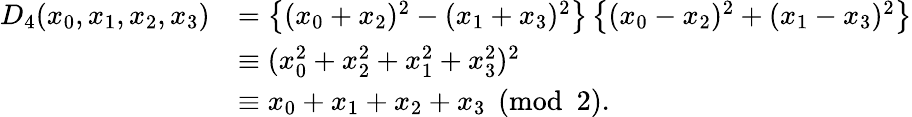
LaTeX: \begin{array}{rl}{D_{4}(x_{0},x_{1},x_{2},x_{3})}&{=\left\{ (x_{0}+x_{2})^{2}-(x_{1}+x_{3})^{2}\right\} \left\{ (x_{0}-x_{2})^{2}+(x_{1}-x_{3})^{2}\right\} }\\ &{\equiv(x_{0}^{2}+x_{2}^{2}+x_{1}^{2}+x_{3}^{2})^{2}}\\ &{\equiv x_{0}+x_{1}+x_{2}+x_{3}\pmod{2}.}\end{array}